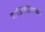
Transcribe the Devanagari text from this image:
दार्जिलिंगच्या